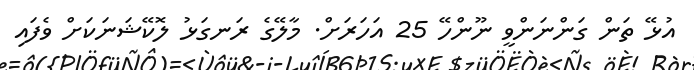
އުޅޭ ތަން ގަންނަންވީ ނޫންހޭ 25 އަހަރަށް. މާލޭގެ ރަނގަޅު ލޮކޭޝަނަކަށް ވެފައި